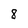
Character: 8